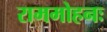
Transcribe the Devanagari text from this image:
राममोहनः